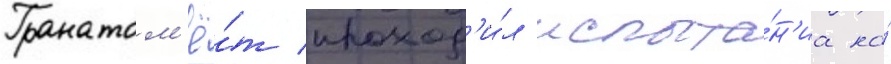
Гранатом'ё́т проход'и́л испыта́н'иа на́